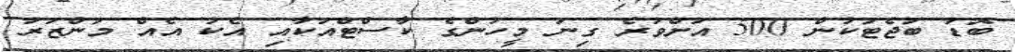
ބޮޑު ބަޖެޓަކުން 500 އަށްވުރެ ގިނަ މީހުންގެ ކާސްޓްއަކާއި އެކު އެއް މަންޒަރު